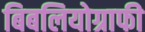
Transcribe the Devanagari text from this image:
बिबलियोग्राफी